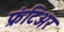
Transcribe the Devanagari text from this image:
फ्रंटिअर